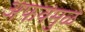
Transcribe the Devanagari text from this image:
अफवेमुळे